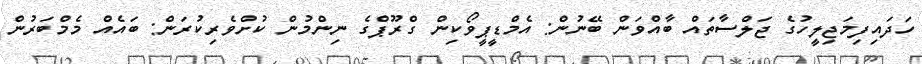
ހަދައިފިމަޖިލީހުގެ ޖަލްސާތައް ބާއްވަން ބޭނުން: އެމްޑީޕީވޯކިން ގްރޫޕްގެ ނިންމުން ކުށްވެރިކުރަން: ބައެއް މެމްބަރުން